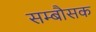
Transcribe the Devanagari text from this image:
सम्बौसक